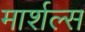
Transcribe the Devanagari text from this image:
मार्शल्स